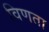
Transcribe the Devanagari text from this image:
विणता